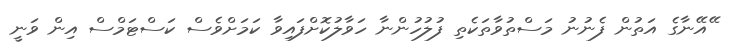
ޭއޭނާގެ އަތުން ފެނުނު މަސްތުވާތަކެތި ފުލުހުންނާ ހަވާލުކޮށްފައިވާ ކަމަށްވެސް ކަސްޓަމްސް އިން ވަނީ